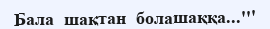
Бала  шақтан  болашаққа...'''